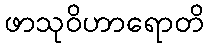
ဖာသုဝိဟာရောတိ